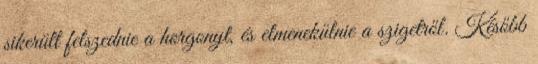
sikerült felszednie a horgonyt, és elmenekülnie a szigetről. Később